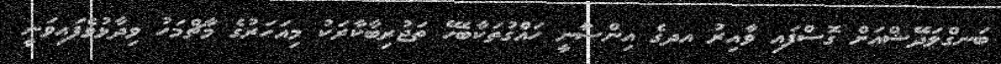
ބަނގްލަދޭޝްއަށް ގޮސްފައި ވާއިރު އދގެ އިންސާނީ ހައްގުތަކާބެހޭ ތަޖުރިބާކާރަކު މިއަހަރުގެ މާޗްމަހު ވިދާޅުވެފައިވަނީ